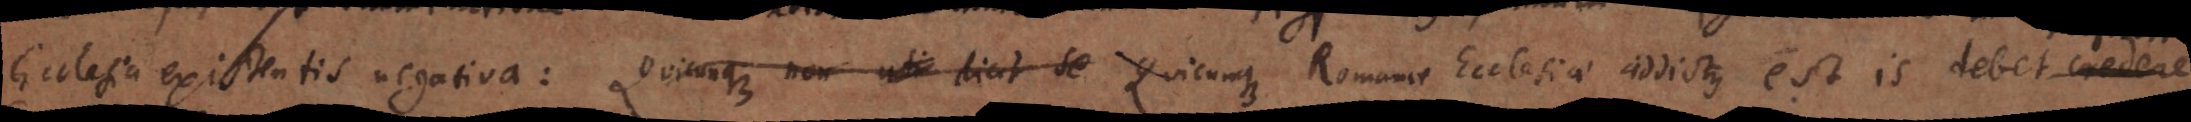
Ecclesia existentis negativa: Quicunque non uti dicet se Quicunque Romanae Ecclesiae addictus est is debet credere